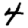
Digit: 4